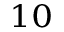
^ { 1 0 }